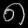
Digit: ၈